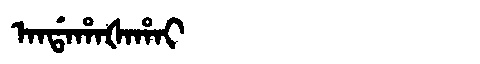
Manchu: ᠠᠨᡩᠠᡥᠠᡧᠠᡥᠠᡳ
Romanization: ANDAHAŠAHAI